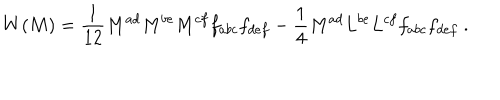
LaTeX: W ( M ) = \frac { 1 } { 1 2 } M ^ { a d } M ^ { b e } M ^ { c f } f _ { a b c } f _ { d e f } - \frac { 1 } { 4 } M ^ { a d } L ^ { b e } L ^ { c f } f _ { a b c } f _ { d e f } \ .